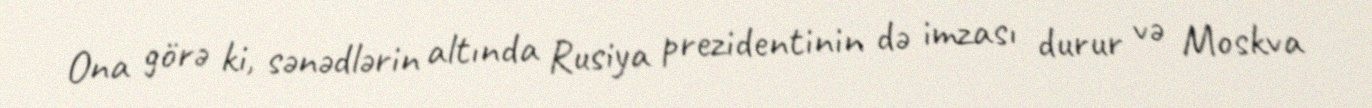
Ona görə ki, sənədlərin altında Rusiya prezidentinin də imzası durur və Moskva